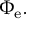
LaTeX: \Phi _ { \mathrm { e } } .